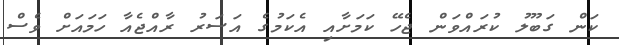
ކަން ގަބޫލު ކުރައްވަން ޖެހޭ ކަމަށާއި އެކަމުގެ އަސަރު ރާއްޖެއާ ހަމައަށް ވެސް